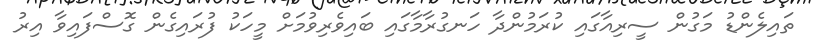
ތައިލެންޑު މަގުން ސީރިއާގައި ކުރަމުންދާ ހަނގުރާމާގައި ބައިވެރިވުމަށް މީހަކު ފުރައިގެން ގޮސްފައިވާ އިރު